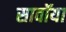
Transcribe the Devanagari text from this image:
सावॉया